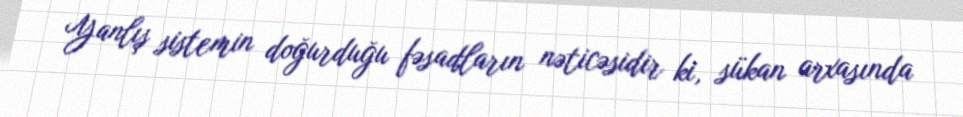
Yanlış sistemin doğurduğu fəsadların nəticəsidir ki, sükan arxasında